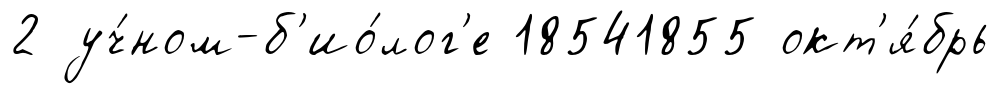
2 уч́ном-б'ио́лог'е 18541855 окт'я́брь